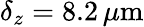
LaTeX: \delta_{z}=8.2\, \mu\mathrm{m}